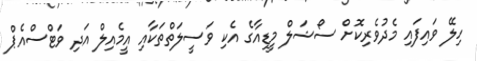
ހިލޭ ވައިފައި މެދުވެރިކޮށް ސޯޝަލް މީޑިއާގެ އެކި ވަސީލަތްތަކާއި އީމެއިލް އަދި ވަޓްސްއެޕް